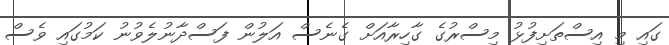
ގައި މި އިސްތަށިފުޅު މިސްރުގެ ގާހިރާއަށް ގެނެސް އަލުން ފަސްދާނުލެވުނު ކަމުގައި ވެސް